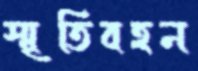
স্মৃতিবহন